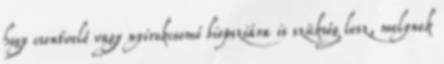
hogy csontvelő vagy nyirokcsomó biopsziára is szükség lesz, melynek